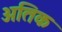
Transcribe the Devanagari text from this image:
अतिक